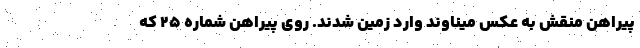
پیراهن منقش به عکس میناوند وارد زمین شدند. روی پیراهن شماره ۲۵ که